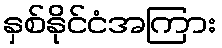
နှစ်နိုင်ငံအကြား